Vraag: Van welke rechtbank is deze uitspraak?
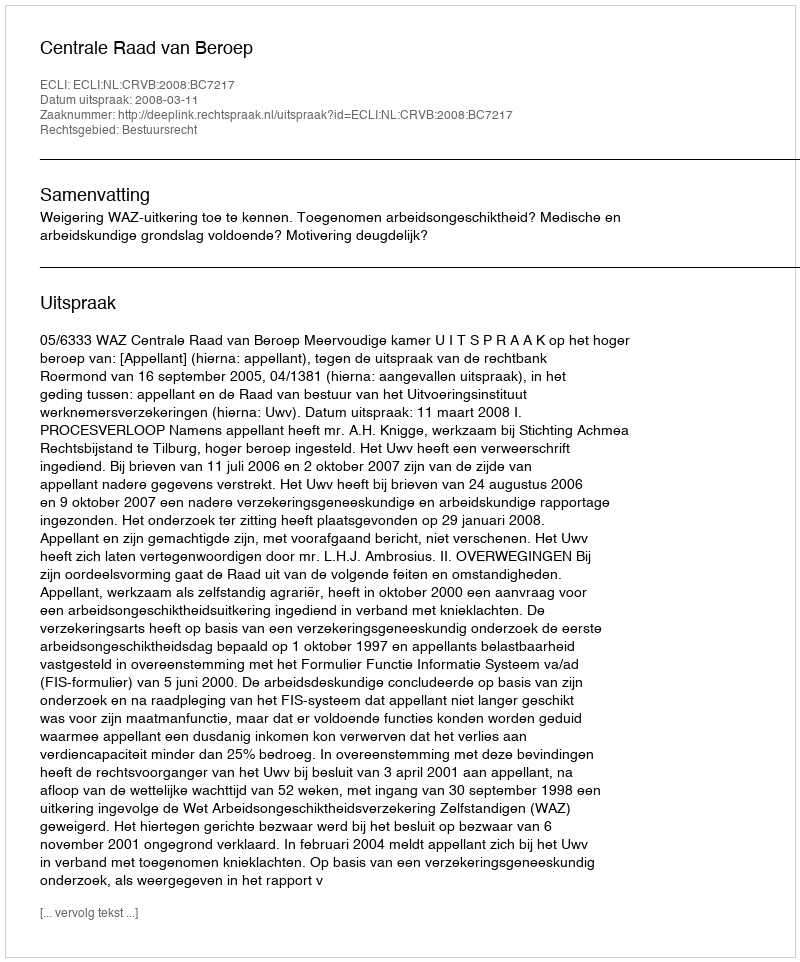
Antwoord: Centrale Raad van Beroep